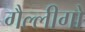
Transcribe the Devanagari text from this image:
गैल्लीगो